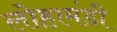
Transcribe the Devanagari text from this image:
लोहामंडी